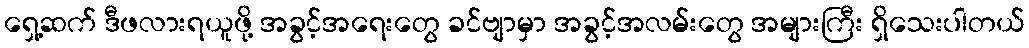
ရှေ့ဆက် ဒီဖလားရယူဖို့ အခွင့်အရေးတွေ ခင်ဗျာမှာ အခွင့်အလမ်းတွေ အများကြီး ရှိသေးပါတယ်